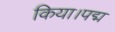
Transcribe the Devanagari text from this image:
किया।पद्म